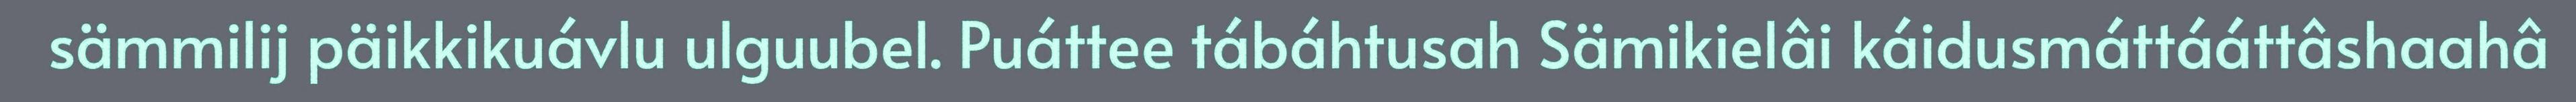
sämmilij päikkikuávlu ulguubel. Puáttee tábáhtusah Sämikielâi káidusmáttááttâshaahâ